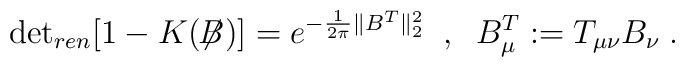
\mbox{det}_{ren}[1-K(\not{\!\!B})] = e^{-\frac{1}{2\pi} \| B^T \|_2^2}\; \; , \; \;B^T_\mu := T_{\mu \nu} B_\nu \; .